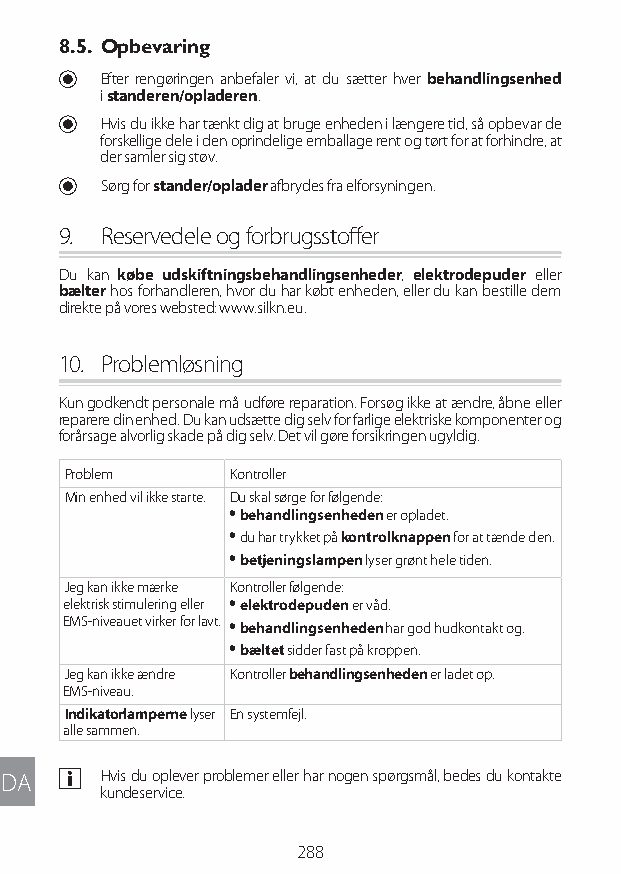
8.5. Opbevaring
 U Efter rengøringen anbefaler vi, at du sætter hver behandlingsenhed
 i standeren/opladeren.
 U Hvis du ikke har tænkt dig at bruge enheden i længere tid, så opbevar de
 forskellige dele i den oprindelige emballage rent og tørt for at forhindre, at
 der samler sig støv.
 U Sørg for stander/oplader afbrydes fra elforsyningen.
 9. Reservedele og forbrugsstoffer
 Du kan købe udskiftningsbehandlingsenheder, elektrodepuder eller
 bælter hos forhandleren, hvor du har købt enheden, eller du kan bestille dem
 direkte på vores websted: www.silkn.eu.
 10. Problemløsning
 Kun godkendt personale må udføre reparation. Forsøg ikke at ændre, åbne eller
 reparere din enhed. Du kan udsætte dig selv for farlige elektriske komponenter og
 forårsage alvorlig skade på dig selv. Det vil gøre forsikringen ugyldig.
 Problem    Kontroller
 Min enhed vil ikke starte. Du skal sørge for følgende:
 y behandlingsenheden er opladet.
 y du har trykket på kontrolknappen for at tænde den.
 y betjeningslampen lyser grønt hele tiden.
 Jeg kan ikke mærke Kontroller følgende:
 elektrisk stimulering eller y elektrodepuden er våd.
 EMS-niveauet virker for lavt. y behandlingsenheden har god hudkontakt og.
 y bæltet sidder fast på kroppen.
 Jeg kan ikke ændre Kontroller behandlingsenheden er ladet op.
 EMS-niveau.
 Indikatorlamperne lyser En systemfejl.
 alle sammen.
 DA  a Hvis du oplever problemer eller har nogen spørgsmål, bedes du kontakte
 kundeservice.
 288
 Lipo UM EU124 3545B inside ALL EU124 ED296-24 release.indd 288 14/08/2018 10:57:50